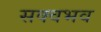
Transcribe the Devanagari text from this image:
सक्वभव